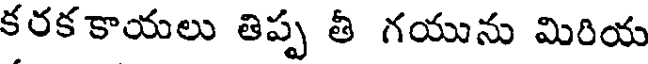
కరక కాయలు తిప్ప తీ గయును మిరియ